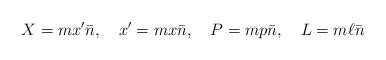
LaTeX: \begin{align*}X=mx'\bar{n},~~~ x'=mx\bar{n},~~~ P=mp\bar{n},~~~ L=m\ell \bar{n} \end{align*}